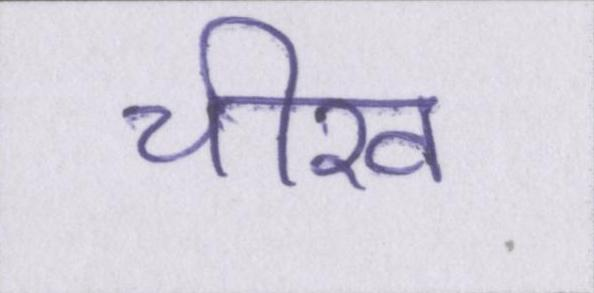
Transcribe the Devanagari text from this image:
चीख